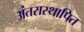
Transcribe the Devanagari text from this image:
अंतरास्थापित